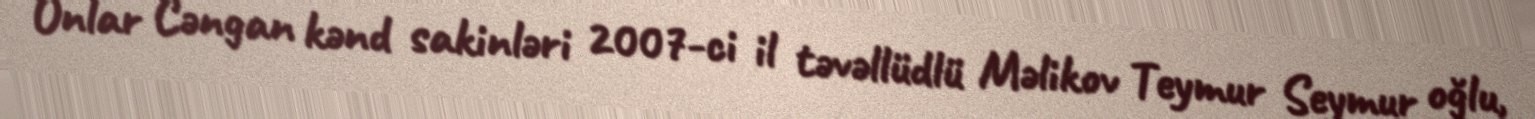
Onlar Cəngan kənd sakinləri 2007-ci il təvəllüdlü Məlikov Teymur Seymur oğlu,